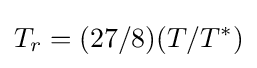
T_{r}=(27/8)(T/T^{*})